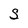
Character: S